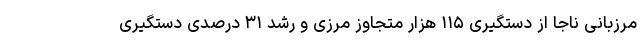
مرزبانی ناجا از دستگیری ۱۱۵ هزار متجاوز مرزی و رشد ۳۱ درصدی دستگیری